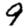
Digit: 9